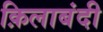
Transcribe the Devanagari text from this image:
क़िलाबंदी